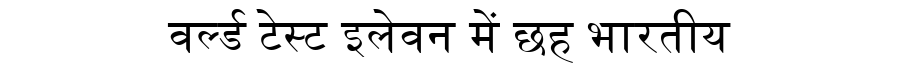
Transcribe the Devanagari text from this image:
वर्ल्ड टेस्ट इलेवन में छह भारतीय